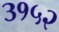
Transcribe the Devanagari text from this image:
३१५२